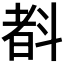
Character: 𣂃